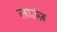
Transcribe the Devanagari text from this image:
लाउंज़